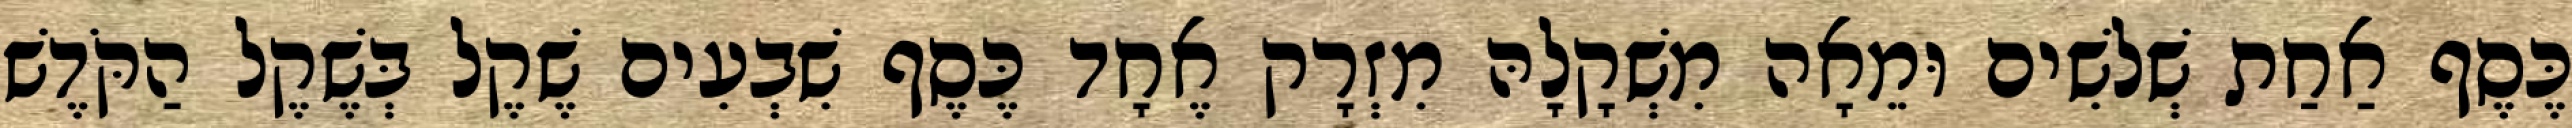
כֶּסֶף אַחַת שְׁלשִׁים וּמֵאָה מִשְׁקָלָהּ מִזְרָק אֶחָד כֶּסֶף שִׁבְעִים שֶׁקֶל בְּשֶׁקֶל הַקֹּדֶשׁ